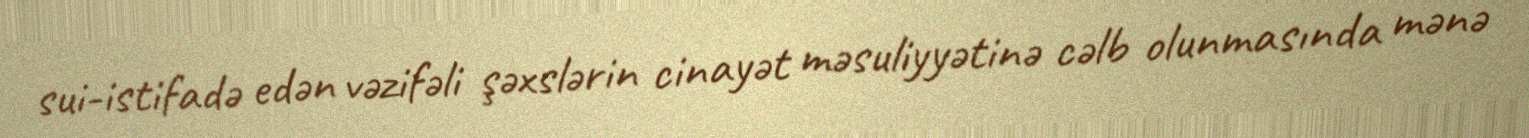
sui-istifadə edən vəzifəli şəxslərin cinayət məsuliyyətinə cəlb olunmasında mənə